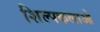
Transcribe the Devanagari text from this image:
शिल्‍पकलाओ